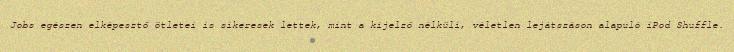
Jobs egészen elképesztő ötletei is sikeresek lettek, mint a kijelző nélküli, véletlen lejátszáson alapuló iPod Shuffle.